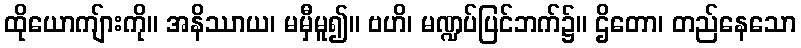
ထိုယောကျ်ားကို။ အနိဿာယ၊ မမှီမူ၍။ ဗဟိ၊ မဏ္ဍပ်ပြင်ဘက်၌။ ဌိတော၊ တည်နေသော